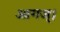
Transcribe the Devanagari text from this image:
आगज्।